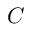
C